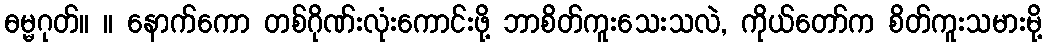
ဓမ္မဂုတ်။ ။ နောက်ကော တစ်ဂိုဏ်းလုံးကောင်းဖို့ ဘာစိတ်ကူးသေးသလဲ, ကိုယ်တော်က စိတ်ကူးသမားမို့